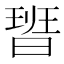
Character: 𭨞